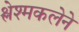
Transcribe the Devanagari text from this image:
श्लेश्मकलेने